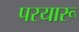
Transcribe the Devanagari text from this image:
परयारू